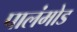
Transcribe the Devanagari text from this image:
पालंमोड